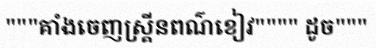
"""គាំងចេញស្គ្រីនពណ៌ខៀវ"""" ដូច"""